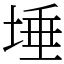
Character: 埵